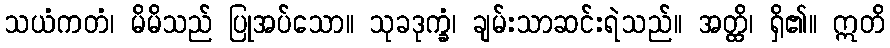
သယံကတံ၊ မိမိသည် ပြုအပ်သော။ သုခဒုက္ခံ၊ ချမ်းသာဆင်းရဲသည်။ အတ္ထိ၊ ရှိ၏။ ဣတိ